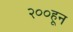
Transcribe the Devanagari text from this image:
२००हून